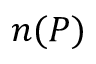
n ( P )